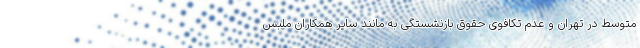
متوسط در تهران و عدم تکافوی حقوق بازنشستگی به مانند سایر همکاران ملبس